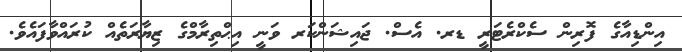
އިންޑިއާގެ ފޮރިން ސެކްރެޓަރީ ޑރ. އެސް. ޖައިޝަންކަރ ވަނީ އިޙްތިރާމްގެ ޒިޔާރަތެއް ކުރައްވާފައެވެ.